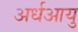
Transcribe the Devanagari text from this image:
अर्धआयु